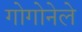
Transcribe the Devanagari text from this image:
गोगोनेले